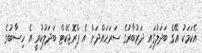
އެކަމަކު އޭގެ ބަދަލުގައި ދަރުބާރުގެ ސަރަހައްދަށް އެ ޕްރޮޖެކްޓް ބަދަލުކުރީ އެ ހިސާބުގެ